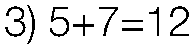
3) 5+7=12